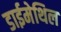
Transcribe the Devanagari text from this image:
डाईमेथिल